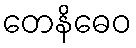
တေနိဓေဝ